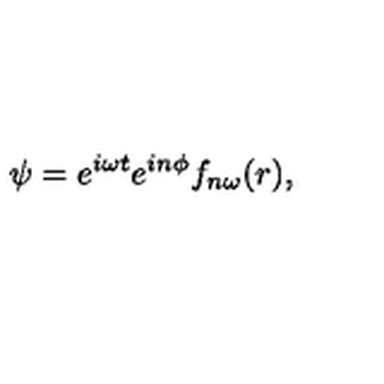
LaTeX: \psi = e ^ { i \omega t } e ^ { i n \phi } f _ { n \omega } ( r ) ,